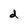
Character: d